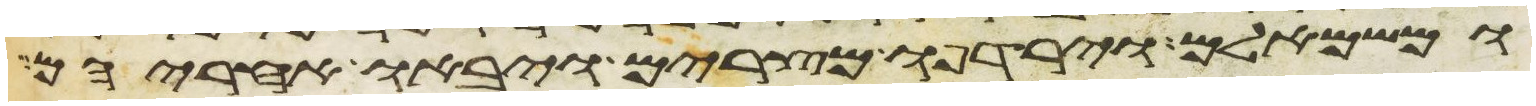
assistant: ומשמאלם וירדפו מצרים ויבאו אחריהם